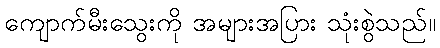
ကျောက်မီးသွေးကို အများအပြား သုံးစွဲသည်။